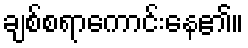
ချစ်စရာကောင်းနေ၏။